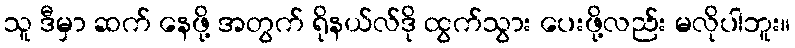
သူ ဒီမှာ ဆက် နေဖို့ အတွက် ရိုနယ်လ်ဒို ထွက်သွား ပေးဖို့လည်း မလိုပါဘူး။